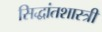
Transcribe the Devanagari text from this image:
सिद्धांतशास्त्री